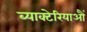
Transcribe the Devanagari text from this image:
ब्याक्टेरियाऔं